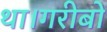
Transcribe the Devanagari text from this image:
था।गरीबों